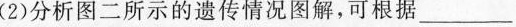
(2)分析图二所示的遗传情况图解，可根据__